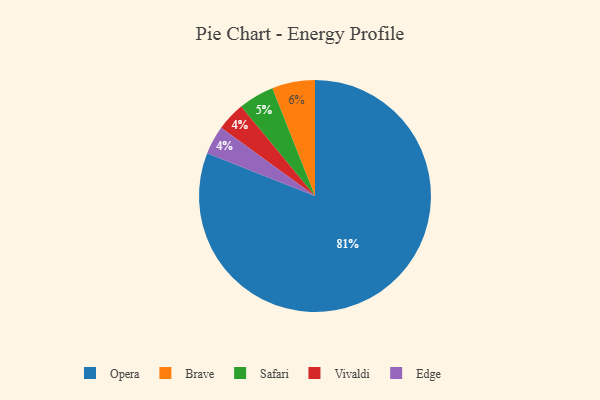
{"axis": {"x": "Category", "y": "Percentage"}, "legend": ["Brave", "Edge", "Opera", "Safari", "Vivaldi"], "data": [{"x": "Vivaldi", "y": 4, "type": "Vivaldi"}, {"x": "Brave", "y": 6, "type": "Brave"}, {"x": "Edge", "y": 4, "type": "Edge"}, {"x": "Safari", "y": 5, "type": "Safari"}, {"x": "Opera", "y": 81, "type": "Opera"}]}